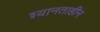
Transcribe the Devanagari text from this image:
श्यानताहीन